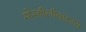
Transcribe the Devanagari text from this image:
मोरबीलीवाइरस